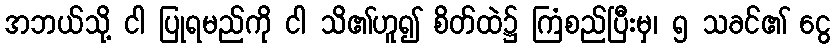
အဘယ်သို့ ငါ ပြုရမည်ကို ငါ သိ၏ဟူ၍ စိတ်ထဲ၌ ကြံစည်ပြီးမှ၊ ၅ သခင်၏ ငွေ